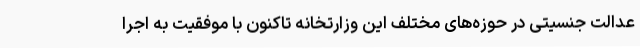
عدالت جنسیتی در حوزه‌های مختلف این وزارتخانه تاکنون با موفقیت به اجرا